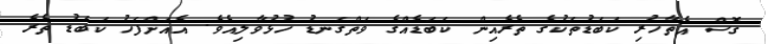
ގޮސް އެތާހުރި ކަބަޑުތަކުގެ ތެރެއިން ކަބަޑެއްގެ ވަތްގަނޑު ހުޅުވާލިއެވެ. އެއަށްފަހު ކަބަޑު ތެރެ